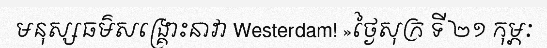
មនុស្សធម៌សង្គ្រោះនាវា Westerdam! »ថ្ងៃសុក្រ ទី ២១ កុម្ភៈ